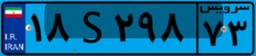
۵۵S۵۷۹۵۹